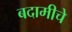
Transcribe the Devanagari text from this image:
बदामीचे